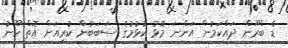
ޑެ ބްރޫން ދައްކަމުން އަންނަ މޮޅު ކުޅުމުގެ ސަބަބުން ކުރިއަށް އޮތް ހޫނު